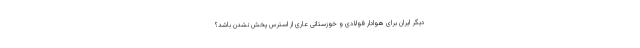
دیگر ایران برای هوادار فولادی و خوزستانی عاری از استرس پخش نشدن باشد؟